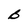
Character: b